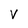
Character: V